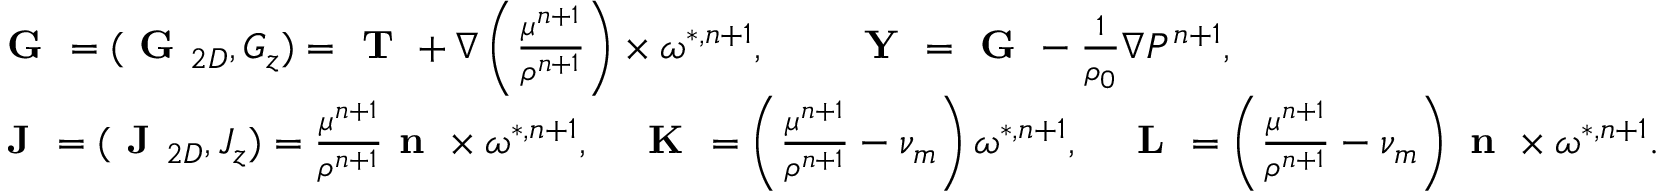
\begin{array} { r l } & { \textbf { G } = ( \textbf { G } _ { 2 D } , G _ { z } ) = \textbf { T } + \nabla \left( \frac { \mu ^ { n + 1 } } { \rho ^ { n + 1 } } \right) \times \boldsymbol { \omega } ^ { * , n + 1 } , \qquad \textbf { Y } = \textbf { G } - \frac { 1 } { \rho _ { 0 } } \nabla P ^ { n + 1 } , } \\ & { \textbf { J } = ( \textbf { J } _ { 2 D } , J _ { z } ) = \frac { \mu ^ { n + 1 } } { \rho ^ { n + 1 } } \textbf { n } \times \boldsymbol { \omega } ^ { * , n + 1 } , \quad \textbf { K } = \left( \frac { \mu ^ { n + 1 } } { \rho ^ { n + 1 } } - \nu _ { m } \right) \boldsymbol { \omega } ^ { * , n + 1 } , \quad \textbf { L } = \left( \frac { \mu ^ { n + 1 } } { \rho ^ { n + 1 } } - \nu _ { m } \right) \textbf { n } \times \boldsymbol { \omega } ^ { * , n + 1 } . } \end{array}